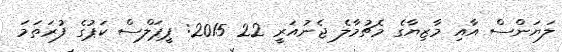
ލަޔަންސް އާއި މާޒިޔާގެ މެޗުމާލެ ޖެނުއަރީ 22 2015: ޕީޕަލްސް ކަޕުގެ ފުރަތަމަ